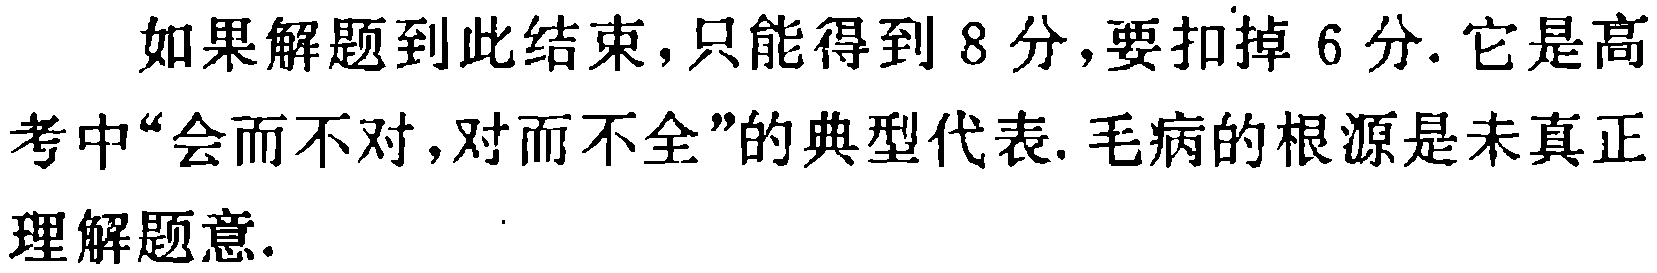
如果解题到此结束，只能得到 8 分，要扣掉 6 分. 它是高考中“会而不对，对而不全”的典型代表. 毛病的根源是未真正理解题意.